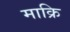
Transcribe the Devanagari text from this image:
माक्रि